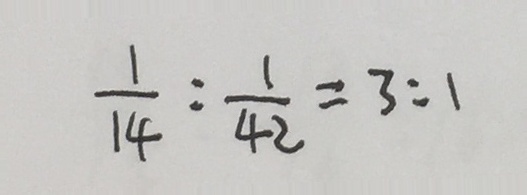
\frac { 1 } { 1 4 } : \frac { 1 } { 4 2 } = 3 : 1